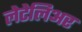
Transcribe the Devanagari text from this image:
लेटेलिअर